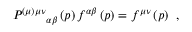
P ^ { ( \mu ) \mu \nu } { } _ { \alpha \beta } \left( p \right) f ^ { \alpha \beta } \left( p \right) = f ^ { \mu \nu } \left( p \right) \; \, ,